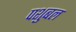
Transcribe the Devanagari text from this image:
पशुबल